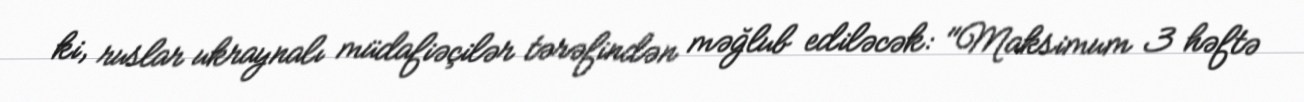
ki, ruslar ukraynalı müdafiəçilər tərəfindən məğlub ediləcək: "Maksimum 3 həftə